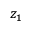
z _ { 1 }